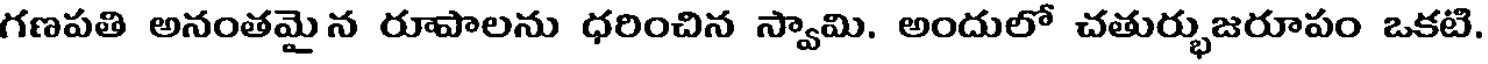
గణపతి అనంతమై న రూపాలను ధరించిన స్వామి. అందులో చతుర్భుజరూపం ఒకటి.